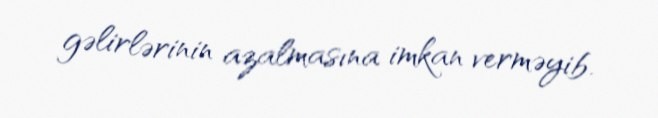
gəlirlərinin azalmasına imkan verməyib.